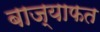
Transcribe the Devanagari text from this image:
बाज्याफत